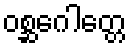
ဝစ္ဆဂေါတ္တေ